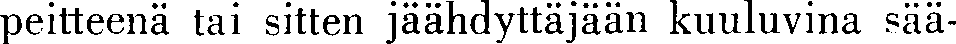
peitteenä tai sitten jäähdyttäjään kuuluvina sää-